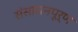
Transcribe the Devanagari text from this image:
संसाधनपूर्ण